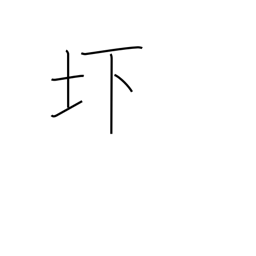
Meaning: low-lying land